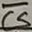
Text: CS